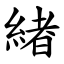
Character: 緖